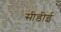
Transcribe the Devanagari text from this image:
सीडीई